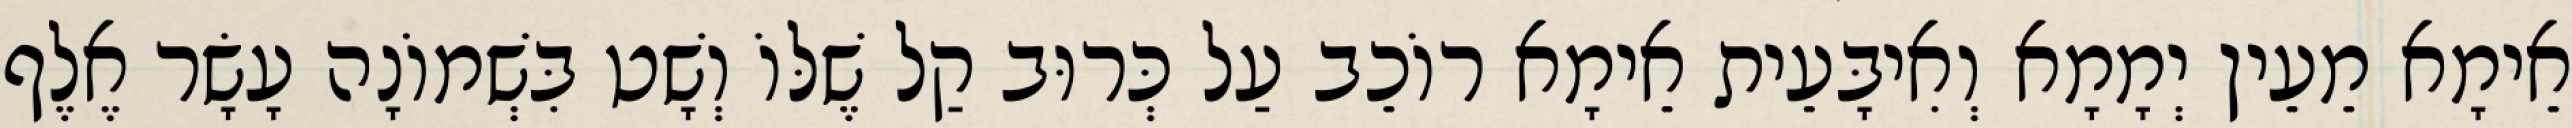
אֵימָא מֵעֵין יְמָמָא וְאִיבָּעֵית אֵימָא רוֹכֵב עַל כְּרוּב קַל שֶׁלּוֹ וְשָׁט בִּשְׁמוֹנָה עָשָׂר אֶלֶף